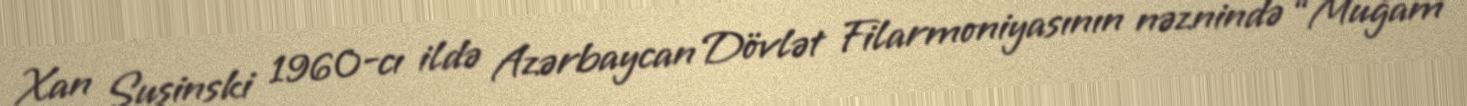
Xan Şuşinski 1960-cı ildə Azərbaycan Dövlət Filarmoniyasının nəznində “Muğam